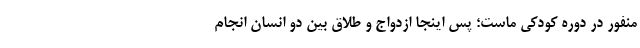
منفور در دوره‌ کودکی ماست؛ پس اینجا ازدواج و طلاق بین دو انسان انجام